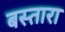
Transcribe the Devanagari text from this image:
बस्तारा